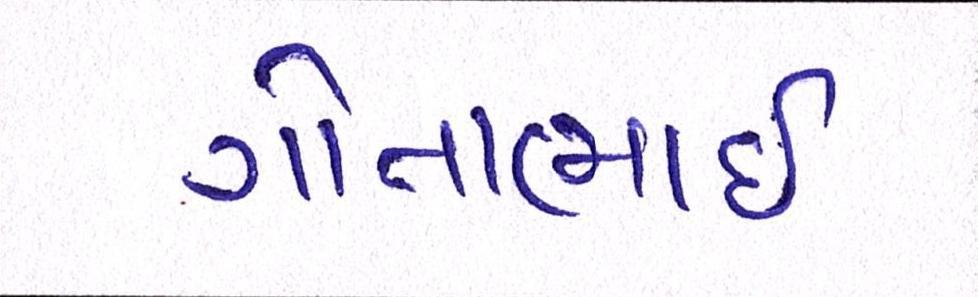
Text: ગોતાભાઈ